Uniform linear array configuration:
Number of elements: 64
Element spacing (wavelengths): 0.75
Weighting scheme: uniform
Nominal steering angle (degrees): -15
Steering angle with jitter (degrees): -13.937
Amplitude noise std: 0.05
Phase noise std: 0.05

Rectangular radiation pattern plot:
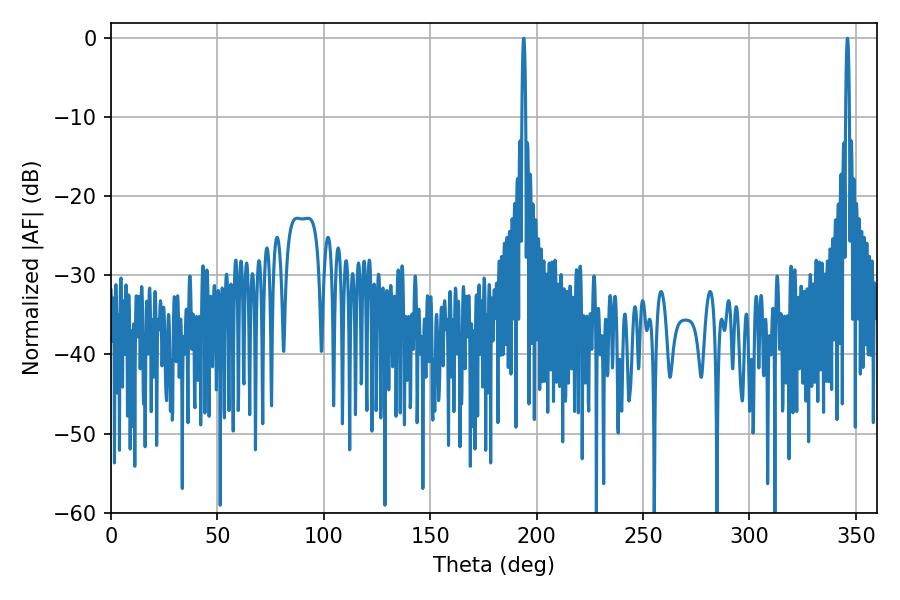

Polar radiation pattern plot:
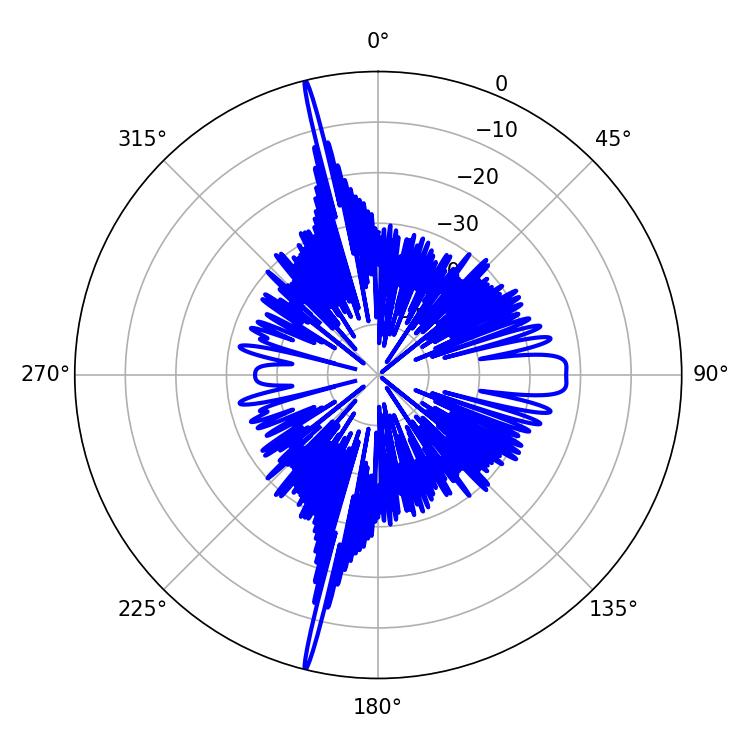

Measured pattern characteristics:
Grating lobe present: TRUE
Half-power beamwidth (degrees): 0.9
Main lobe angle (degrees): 346.14